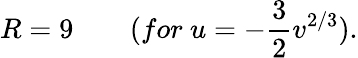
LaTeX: R=9\qquad(for\ u=-\frac{3}{2}v^{2/3}).